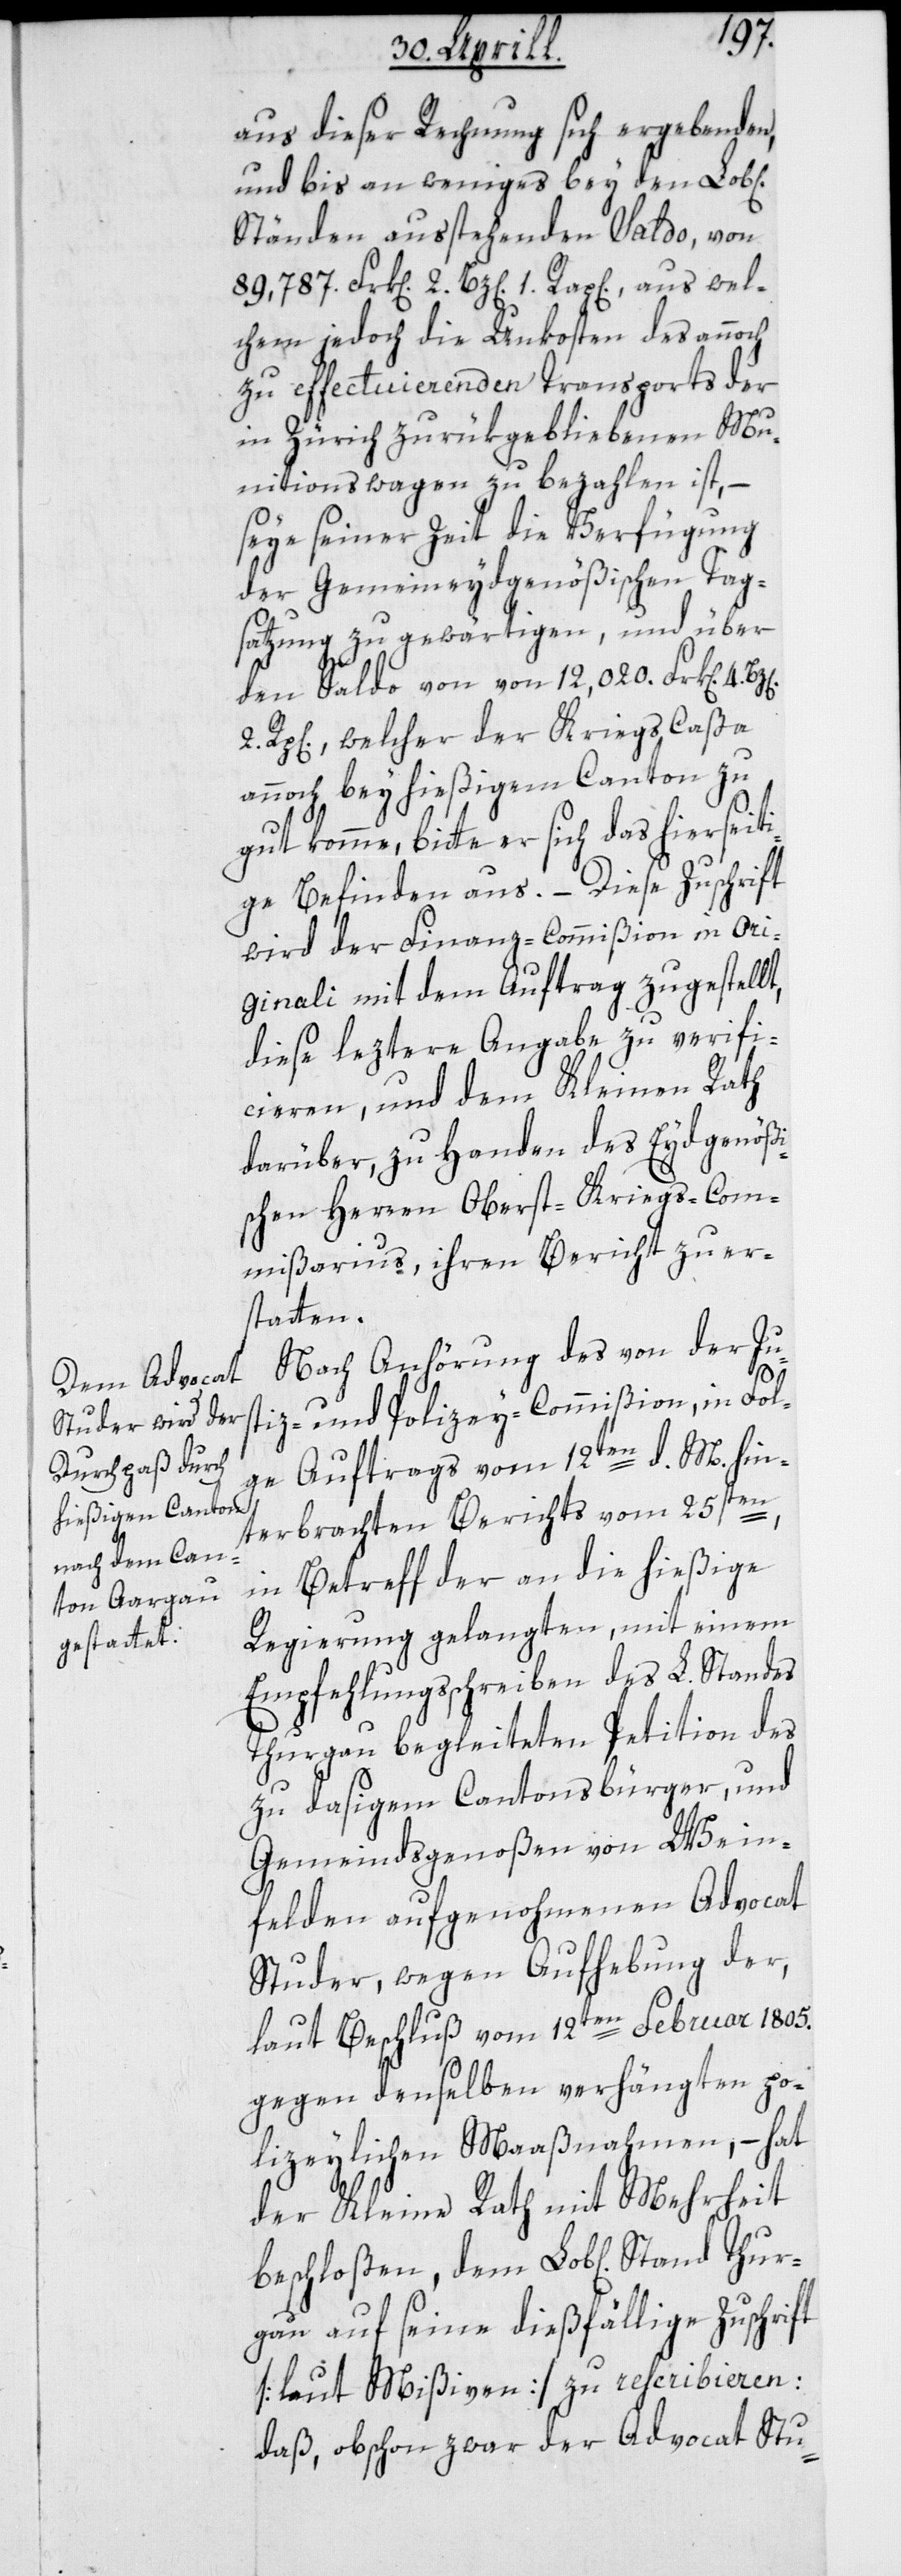
aus dieser Rechnung sich ergebenden
und bis an weniges bey den Lob[l¬
Ständen ausstehenden Saldo von
chem jedoch die Unkosten des annoch
zu effectuierenden Transports der
in Zürich zurük gebliebenen Mu¬
nitionswagen zu bezahlen ist, –
seye seiner Zeit die Verfügung
der Gemeineydgenößischen Tag¬
satzung zu gewärtigen, und über
den Saldo von 12,020. Frk[en]. 4.
Rp[en]., welcher der Kriegs Cassa
annoch bey hießigem Canton zu¬
bitte er sich das hierseit¬
ige Befinden aus. – Diese Zuschrift
wird der Finanz-Commißion in Ori¬
ginali mit dem Auftrag zugestellt,
diese leztere Angabe zu verifi¬
cieren, und dem Kleinen Rath
darüber zu Handen des Eydgenößi¬
schen Herren Oberst-Kriegs-Com¬
mißarius, ihren Bericht zu er¬
statten.
Nach Anhörung des von der Ju¬
stiz- und Polizey-Commißion, in Fol¬
ge Auftrags vom 12ten d. M. hin¬
Thur¬
terbrachten Berichts vom 25sten,
in Betreff der an die hießige
Regierung gelangten, mit einem
Empfehlungsschreiben des L. Standes
Thurgau begleiteten Petition des
zu dasigem Cantonsbürger und
Gemeindsgenoßen von Wein¬
felden aufgenohmenen Advocat
Studer, wegen Aufhebung der,
laut Beschluß vom 12ten Februar 1805.
gegen denselben verhängten po¬
lizeylichen Maaßnahmen, – hat
der Kleine Rath mit Mehrheit
beschloßen, dem Lob[lichen] Stand
gau auf seine dießfällige Zuschrift
[laut Mißiven] zu rescribieren:
daß, obschon zwar der Advocat Stu-